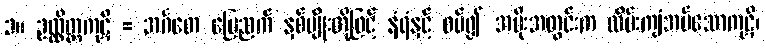
၁။ ဥလ္လိတ္တကုဋိ = အင်္ဂတေ မြေညက် နှစ်မျိုးတို့ဖြင့် နံရံနှင့် စပ်၍ အမိုးအတွင်းက လိမ်းကျံအပ်သောကုဋိ၊